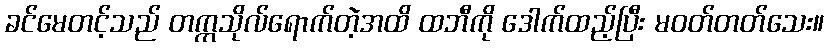
ခင်မေတင့်သည် တက္ကသိုလ်ရောက်တဲ့အထိ ထဘီကို ဒေါက်ထည့်ပြီး မဝတ်တတ်သေး။